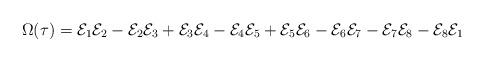
LaTeX: \begin{align*}\begin{alignedat}{3} \Omega(\tau) &= \mathcal{E}_1 \mathcal{E}_2-\mathcal{E}_2 \mathcal{E}_3+\mathcal{E}_3 \mathcal{E}_4-\mathcal{E}_4 \mathcal{E}_5+\mathcal{E}_5 \mathcal{E}_6-\mathcal{E}_6 \mathcal{E}_7-\mathcal{E}_7 \mathcal{E}_8-\mathcal{E}_8 \mathcal{E}_1\\\end{alignedat} \end{align*}